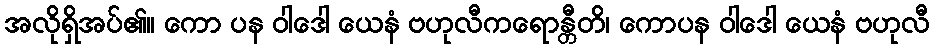
အလိုရှိအပ်၏။ ကော ပန ဝါဒေါ ယေနံ ဗဟုလီကရောန္တီတိ၊ ကောပန ဝါဒေါ ယေနံ ဗဟုလီ